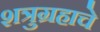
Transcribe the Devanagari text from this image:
शत्रुग्रहाचे